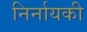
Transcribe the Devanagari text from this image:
निर्नायकी